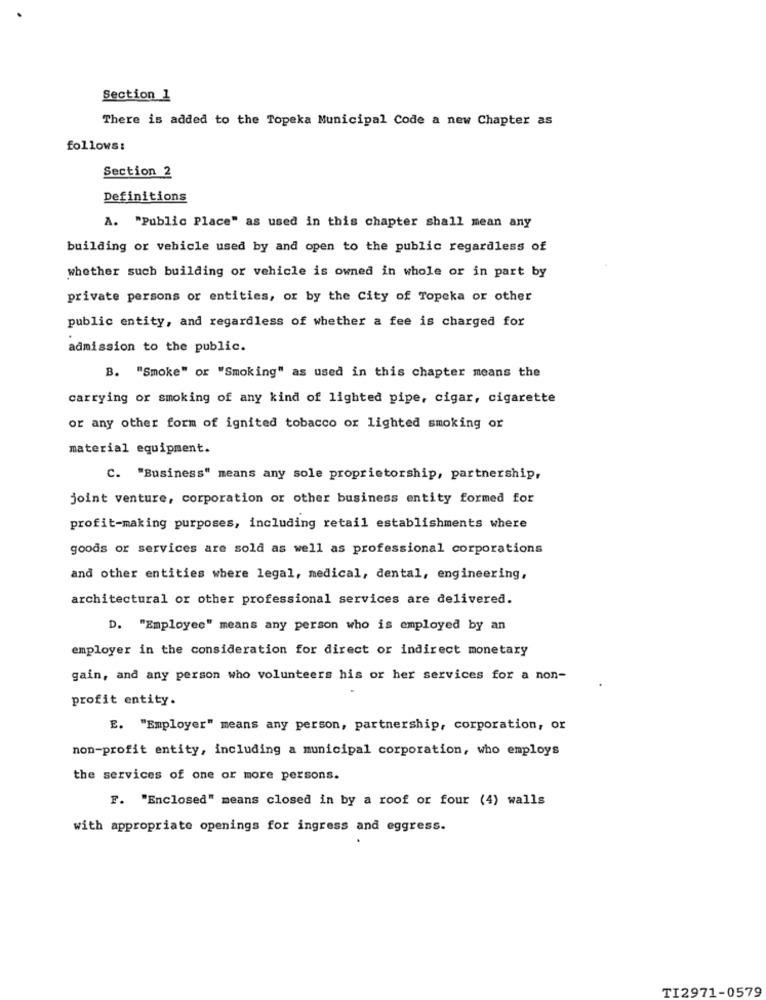
Section 1
There is added to the Topeka Municipal Code a new Chapter as
follows:
Section 2
Definitions
A. "Public Place" as used in this chapter shall mean any
building or vehicle used by and open to the public regardless of
whether such building or vehicle is owned in whole or in part by
private persons or entities, or by the City of Topeka or other
public entity, and regardless of whether a fee is charged for
admission to the public.
B. "Smoke" or "Smoking" as used in this chapter means the
carrying or smoking of any kind of lighted pipe, cigar, cigarette
or any other form of ignited tobacco or lighted smoking or
material equipment.
C. "Business" means any sole proprietorship, partnership,
joint venture, corporation or other business entity formed for
profit-making purposes, including retail establishments where
goods or services are sold as well as professional corporations
and other entities where legal, medical, dental, engineering,
architectural or other professional services are delivered.
D. "Employee" means any person who is employed by an
employer in the consideration for direct or indirect monetary
gain, and any person who volunteers his or her services for a non-
profit entity.
E. "Employer" means any person, partnership, corporation, or
non-profit entity, including a municipal corporation, who employs
the services of one or more persons.
F. "Enclosed" means closed in by a roof or four (4) walls
with appropriate openings for ingress and eggress.
TI2971-0579